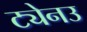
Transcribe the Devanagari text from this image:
ट्येनउ